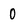
Character: 0